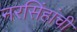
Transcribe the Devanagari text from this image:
नरसिंहांची